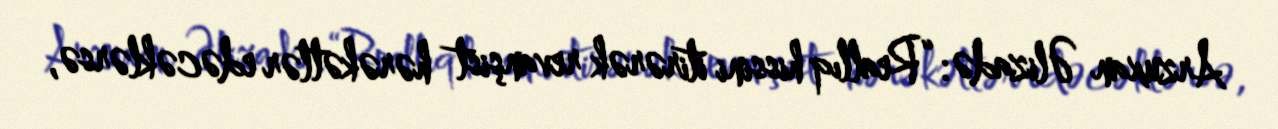
Arzuxan Əlizadə: “Reallıq hissini itirərək revanşist hərəkətlər edəcəklərsə,